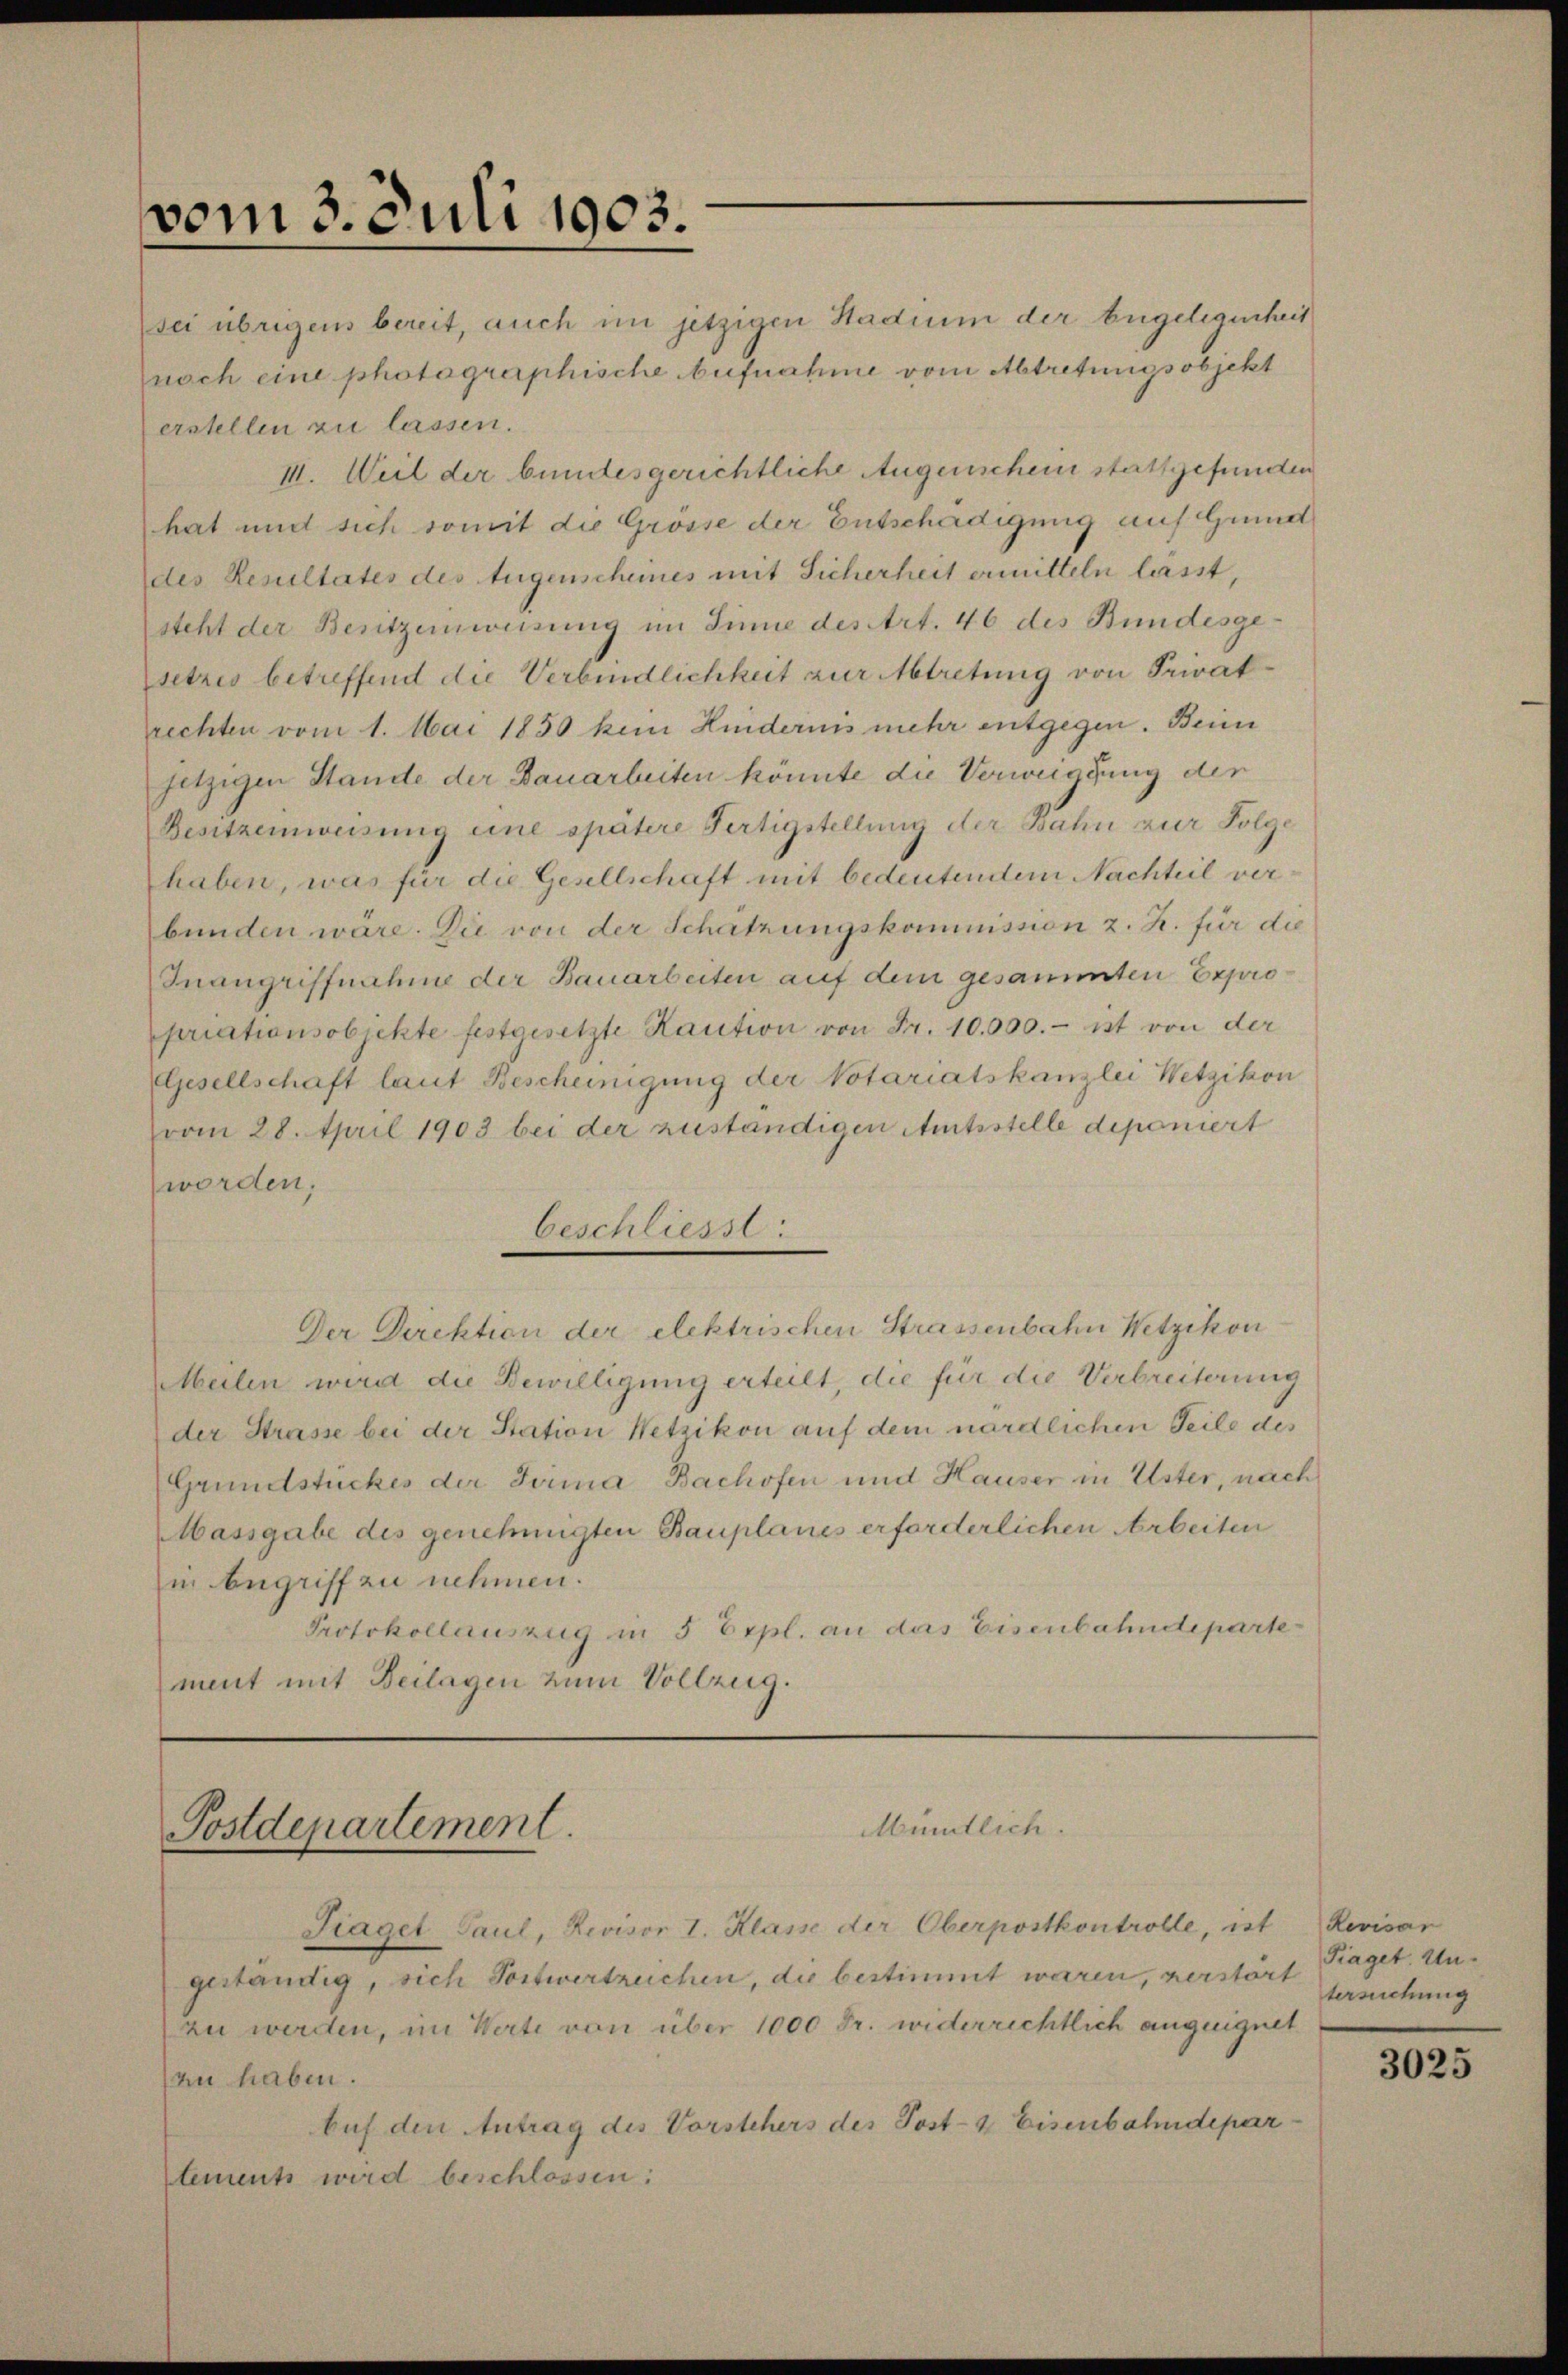
vom 3. Juli 1903.

erstellen zu lassen.
III. Weil der bundesgerichtliche Augenschein stattgefunden
hat und sich somit die Grösse der Entschädigung auf Grund
des Resultates des Eugenscheines mit Sicherheit ermitteln lässt,
steht der Besitzeinweisung im Sinne des Art. 46 des Bundesge-
setzes betreffend die Verbindlichkeit zur Abtretung von Privatrechten vom 1. Mai 1850 kein Hindernis mehr entgegen. Benn
jetzigen Stande der Dauarbeiten könnte die Verweigung der
Besitzeinweisung eine spätere Fertigstellung der Bahn zur Folge
haben, was für die Gesellschaft mit bedeutendem Nachteil verbunden wäre. Die von der Schatzungskommission z. B. für die
Inangriffnahme der Bauarbeiten auf dem gesammten Expropriationsobjekte festgesetzte Kaution von Fr. 10.000.- ist von der
GGesellschaft laut Bescheinigung der Votariatskanzlei Wetzikon
vom 28. April 1903 bei der zuständigen Amtsstelle deponiert
worden;
beschliesst.
Der Direktion der elektrischen Strassenbahn Wetzikon
Meilen wird die Bewilligung erteilt, die für die Verbreiterung
der Strasse bei der Station Wetzikon auf dem nördlichen Teile des
Grundstückes der Firma Bachofen mit Hauser in Uster, nach
Massgabe des genehmigten Bauplanes erforderlichen Arbeiten
Im Angriff zu nehmen.
Protokollauszug in 5 Erpl. an das Eisenbahndeparte
ment mit Beilagen zum Vollzug.

Postdepartement.

sei übrigens bereit, auch im jetzigen Stadium der Engelegenheit
noch eine photographische Aufnahme vom Abtretungsobjekt

Mündlich.

Fraget Paul, Revisor I. Klasse der Oberpostkontrolle, ist Revisan
geständig, sich Postwertzeichen, die bestimmt waren, verstort
zu werden, im Werte von über 1000 Fr. widerrichtlich angeeignet
zu haben.
bus den Antrag des Vorstehers des Post- & Eisenbahndepartements wird beschlossen:

Piaget. Untersuchung

3025